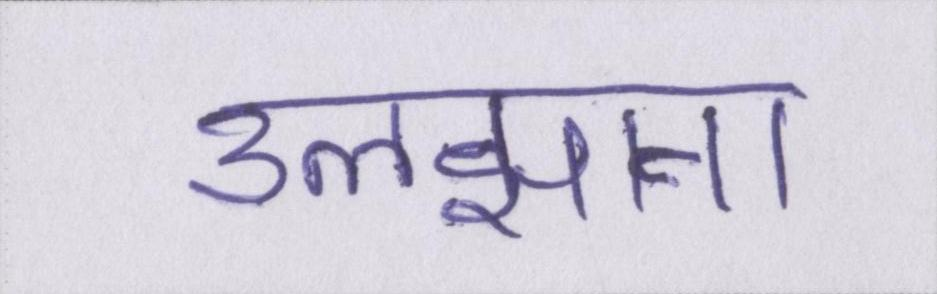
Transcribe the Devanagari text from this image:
उलझाना